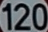
120